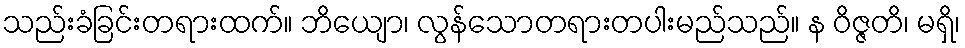
သည်းခံခြင်းတရားထက်။ ဘိယျော၊ လွန်သောတရားတပါးမည်သည်။ န ဝိဇ္ဇတိ၊ မရှိ၊